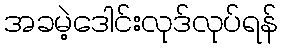
အခမဲ့ဒေါင်းလုဒ်လုပ်ရန်